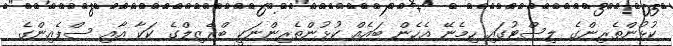
ކުޅުންތެރިންގެ ލިސްޓުގައި ހިމެނޭ އެހެން ބައެއް ކުޅުންތެރިންނަކީ ބްރެޒިލްގެ ކަކާ އާއި ސްޕެއިންގެ